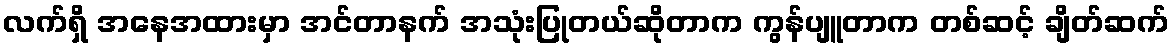
လက်ရှိ အနေအထားမှာ အင်တာနက် အသုံးပြုတယ်ဆိုတာက ကွန်ပျူတာက တစ်ဆင့် ချိတ်ဆက်